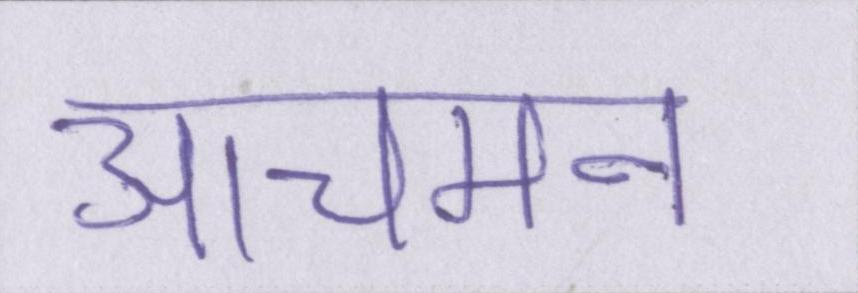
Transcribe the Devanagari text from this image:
आचमन